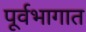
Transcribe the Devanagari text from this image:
पूर्वभागात